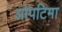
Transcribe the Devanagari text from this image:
ओपटिमा